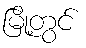
မြို့တွင်